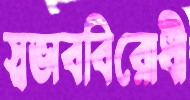
স্বভাববিরোধী